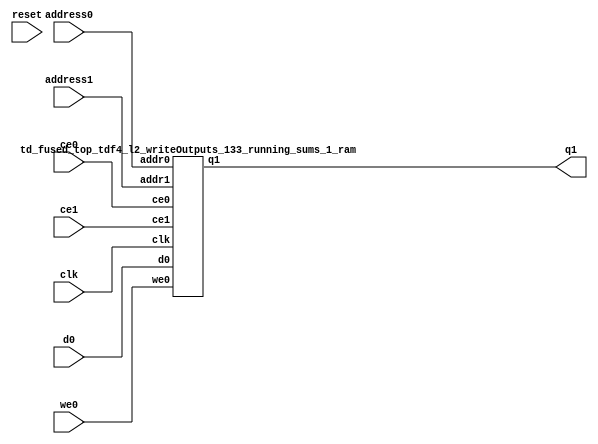
`define EXPONENT 5
`define MANTISSA 10
`define ACTUAL_MANTISSA 11
`define EXPONENT_LSB 10
`define EXPONENT_MSB 14
`define MANTISSA_LSB 0
`define MANTISSA_MSB 9
`define MANTISSA_MUL_SPLIT_LSB 3
`define MANTISSA_MUL_SPLIT_MSB 9
`define SIGN 1
`define SIGN_LOC 15
`define DWIDTH (`SIGN+`EXPONENT+`MANTISSA)
`define IEEE_COMPLIANCE 1

module td_fused_top_tdf4_l2_writeOutputs_133_running_sums_1(
    reset,
    clk,
    address0,
    ce0,
    we0,
    d0,
    address1,
    ce1,
    q1);

parameter DataWidth = 32'd16;
parameter AddressRange = 32'd16;
parameter AddressWidth = 32'd4;
input reset;
input clk;
input[AddressWidth - 1:0] address0;
input ce0;
input we0;
input[DataWidth - 1:0] d0;
input[AddressWidth - 1:0] address1;
input ce1;
output[DataWidth - 1:0] q1;



td_fused_top_tdf4_l2_writeOutputs_133_running_sums_1_ram td_fused_top_tdf4_l2_writeOutputs_133_running_sums_1_ram_U(
    .clk( clk ),
    .addr0( address0 ),
    .ce0( ce0 ),
    .we0( we0 ),
    .d0( d0 ),
    .addr1( address1 ),
    .ce1( ce1 ),
    .q1( q1 )
);

endmodule
module td_fused_top_tdf4_l2_writeOutputs_133_running_sums_1_ram (addr0, ce0, d0, we0, addr1, ce1, q1,  clk);

parameter DWIDTH = 16;
parameter AWIDTH = 4;
parameter MEM_SIZE = 16;

input[AWIDTH-1:0] addr0;
input ce0;
input[DWIDTH-1:0] d0;
input we0;
input[AWIDTH-1:0] addr1;
input ce1;
output reg[DWIDTH-1:0] q1;
input clk;

 reg [DWIDTH-1:0] ram[MEM_SIZE-1:0];

//initial begin
//    $readmemh("./td_fused_top_tdf4_l2_writeOutputs_133_running_sums_1_ram.dat", ram);
//end



always @(posedge clk)  
begin 
    if (ce0) begin
        if (we0) 
            ram[addr0] <= d0; 
    end
end


always @(posedge clk)  
begin 
    if (ce1) begin
        q1 <= ram[addr1];
    end
end


endmodule